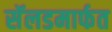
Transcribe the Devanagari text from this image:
सॅलडमार्फत